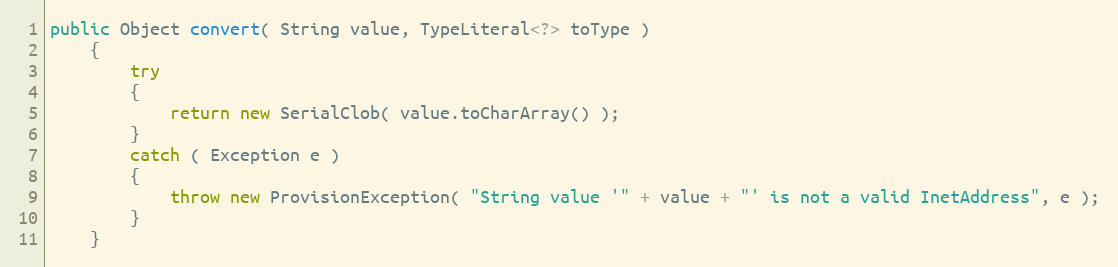
Language: Java
public Object convert( String value, TypeLiteral<?> toType )
    {
        try
        {
            return new SerialClob( value.toCharArray() );
        }
        catch ( Exception e )
        {
            throw new ProvisionException( "String value '" + value + "' is not a valid InetAddress", e );
        }
    }